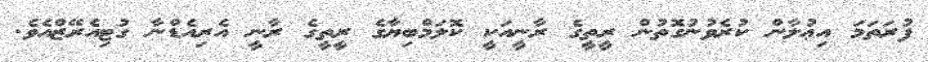
ފުރަތަމަ އިޢުލާން ކުރެވުނުގޮތުން ރީތީގެ ރާނީއަކީ ކޮލަމްބިޔާގެ ރީތީގެ ރާނީ އެރިއެޑްނާ ގުޓިއެރޭޒްއެވެ.